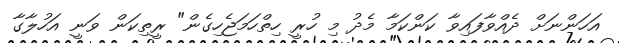
އަހަންނަށް ދެއްވާފައިވާ ކަންކަމާ މެދު މި ހުރީ ހިތްހަމަޖެހިގެން" ރީތިކަން ވަނީ އަހުލާގާ